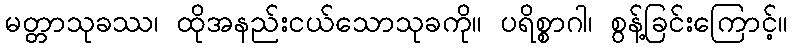
မတ္တာသုခဿ၊ ထိုအနည်းငယ်သောသုခကို။ ပရိစ္စာဂါ၊ စွန့်ခြင်းကြောင့်။